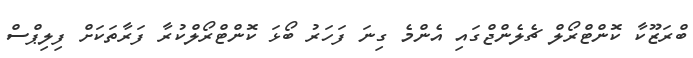
ބްރަޒޫކާ ކޮންޓްރޯލް ޗެލެންޖްގައި އެންމެ ގިނަ ފަހަރު ބޯޅަ ކޮންޓްރޯލްކުރާ ފަރާތަކަށް ފިލިޕްސް